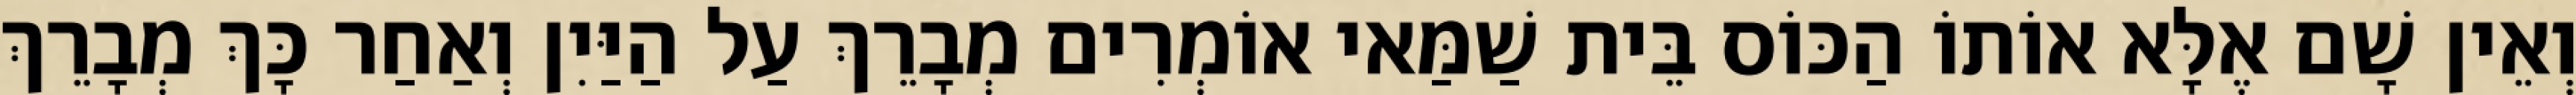
וְאֵין שָׁם אֶלָּא אוֹתוֹ הַכּוֹס בֵּית שַׁמַּאי אוֹמְרִים מְבָרֵךְ עַל הַיַּיִן וְאַחַר כָּךְ מְבָרֵךְ